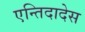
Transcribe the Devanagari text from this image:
एन्तिदादेस